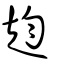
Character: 赹